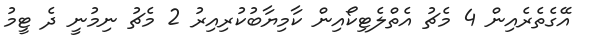
އޭގެތެރެއިން 4 މެޗު އެތްލެޓިކޯއިން ކާމިޔާބުކުރިއިރު 2 މެޗު ނިމުނީ ދެ ޓީމު